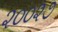
૨૦૦૨૭